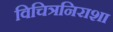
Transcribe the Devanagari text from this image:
विचित्रनिराशा